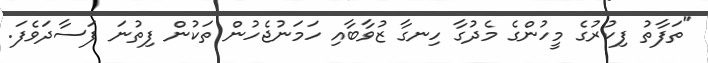
"ތަފާތު ފިކުރުގެ މީހުންގެ މެދުގާ ހިނގާ ޒުވާބާއި ހަމަނުޖެހުން ތަކުން ފިތުނަ ފަސާދަވެފަ.